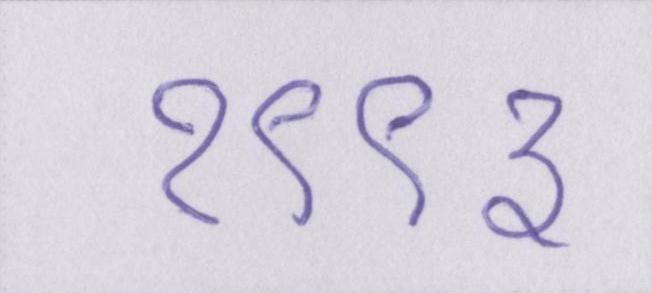
१९९३